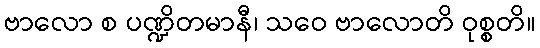
ဗာလော စ ပဏ္ဍိတမာနီ၊ သဝေ ဗာလောတိ ဝုစ္စတိ။